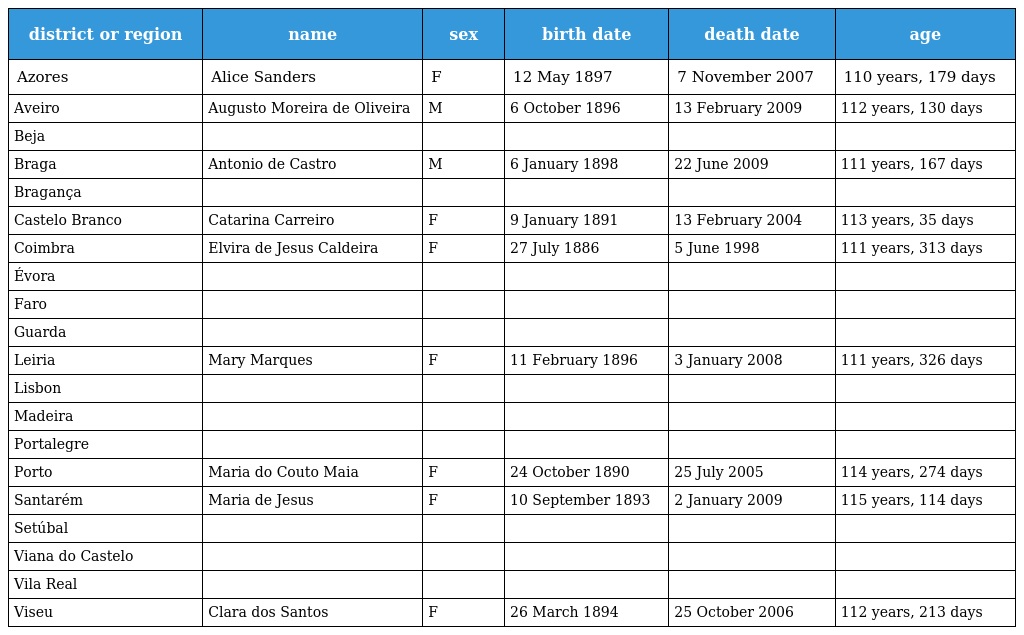
| district or region | name | sex | birth date | death date | age |
 | --- | --- | --- | --- | --- | --- |
 | Azores | Alice Sanders | F | 12 May 1897 | 7 November 2007 | 110 years, 179 days |
 | Aveiro | Augusto Moreira de Oliveira | M | 6 October 1896 | 13 February 2009 | 112 years, 130 days |
 | Beja |  |  |  |  |  |
 | Braga | Antonio de Castro | M | 6 January 1898 | 22 June 2009 | 111 years, 167 days |
 | Bragança |  |  |  |  |  |
 | Castelo Branco | Catarina Carreiro | F | 9 January 1891 | 13 February 2004 | 113 years, 35 days |
 | Coimbra | Elvira de Jesus Caldeira | F | 27 July 1886 | 5 June 1998 | 111 years, 313 days |
 | Évora |  |  |  |  |  |
 | Faro |  |  |  |  |  |
 | Guarda |  |  |  |  |  |
 | Leiria | Mary Marques | F | 11 February 1896 | 3 January 2008 | 111 years, 326 days |
 | Lisbon |  |  |  |  |  |
 | Madeira |  |  |  |  |  |
 | Portalegre |  |  |  |  |  |
 | Porto | Maria do Couto Maia | F | 24 October 1890 | 25 July 2005 | 114 years, 274 days |
 | Santarém | Maria de Jesus | F | 10 September 1893 | 2 January 2009 | 115 years, 114 days |
 | Setúbal |  |  |  |  |  |
 | Viana do Castelo |  |  |  |  |  |
 | Vila Real |  |  |  |  |  |
 | Viseu | Clara dos Santos | F | 26 March 1894 | 25 October 2006 | 112 years, 213 days |